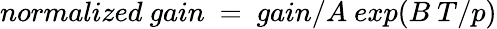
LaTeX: normalized~gain~=~gain/A~exp(B~T/p)